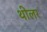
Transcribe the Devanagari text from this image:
थीलर